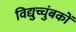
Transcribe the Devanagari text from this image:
विद्युच्चुंबकों